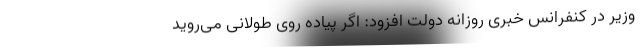
وزیر در کنفرانس خبری روزانه دولت افزود:‌ اگر پیاده روی طولانی می‌روید